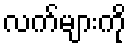
လက်များကို